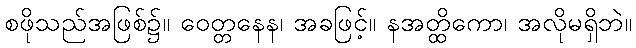
စဖိုသည်အဖြစ်၌။ ဝေတ္တနေန၊ အခဖြင့်။ နအတ္ထိကော၊ အလိုမရှိဘဲ။